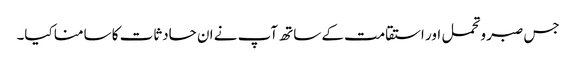
جس صبر وتحمل اور استقامت کے ساتھ آپ نے ان حادثات کا سامنا کیا۔